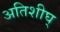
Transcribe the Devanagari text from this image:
अतिशीघ्